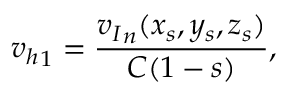
{ v _ { h } } _ { 1 } = \frac { { v _ { I } } _ { n } ( x _ { s } , y _ { s } , z _ { s } ) } { C ( 1 - s ) } ,